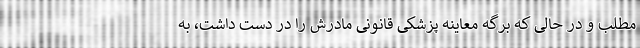
مطلب و در حالی که برگه معاینه پزشکی قانونی مادرش را در دست داشت، به